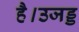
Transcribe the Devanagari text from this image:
है।उजड्ड